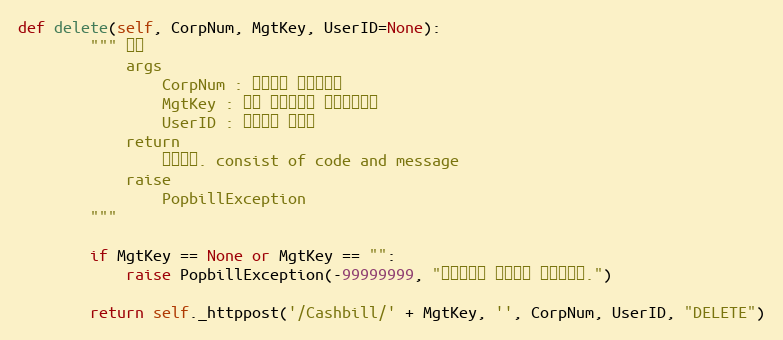
Language: Python
def delete(self, CorpNum, MgtKey, UserID=None):
        """ 삭제
            args
                CorpNum : 팝빌회원 사업자번호
                MgtKey : 원본 현금영수증 문서관리번호
                UserID : 팝빌회원 아이디
            return
                처리결과. consist of code and message
            raise
                PopbillException
        """

        if MgtKey == None or MgtKey == "":
            raise PopbillException(-99999999, "관리번호가 입력되지 않았습니다.")

        return self._httppost('/Cashbill/' + MgtKey, '', CorpNum, UserID, "DELETE")